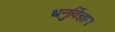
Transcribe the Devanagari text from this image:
धनुर्विज्ञान